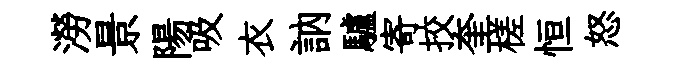
澇景陽吸衣訥驢寄挍奎槎恒怒